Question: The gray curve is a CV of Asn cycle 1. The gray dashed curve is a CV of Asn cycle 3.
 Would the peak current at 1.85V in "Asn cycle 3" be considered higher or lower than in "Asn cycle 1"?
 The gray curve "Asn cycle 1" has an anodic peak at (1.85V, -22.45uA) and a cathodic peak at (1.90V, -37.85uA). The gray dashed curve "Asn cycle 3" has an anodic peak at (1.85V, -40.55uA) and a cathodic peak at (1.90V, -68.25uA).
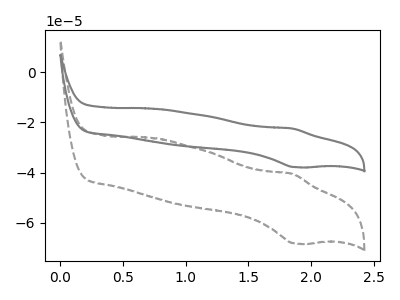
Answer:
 <answer>The peak at 1.85V is lower in "Asn cycle 3" than in "Asn cycle 1".</answer>
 <eval>lower</eval>